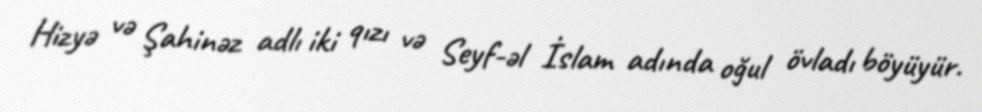
Hizyə və Şahinəz adlı iki qızı və Seyf-əl İslam adında oğul övladı böyüyür.